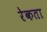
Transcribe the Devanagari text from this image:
रेकता